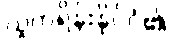
ယူကရိန်းနိုင်ငံ၏